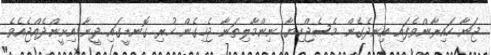
ޖަނާ ހައިރާންވެފައި އިނދެގެން މެސެޖްކިޔާ ނިންމާލިތަނާ ޖެހިގެން ހުރި ގޮނޑީގައި ދީނާ އިށީންދެއްޖެއެވެ.